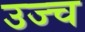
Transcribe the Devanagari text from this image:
उज्च